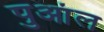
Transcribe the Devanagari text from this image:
पुआंल